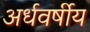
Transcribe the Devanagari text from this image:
अर्धवर्षीय